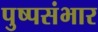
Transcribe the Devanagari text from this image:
पुष्पसंभार